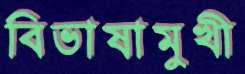
বিভাষামুখী